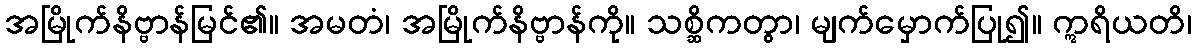
အမြိုက်နိဗ္ဗာန်မြင်၏။ အမတံ၊ အမြိုက်နိဗ္ဗာန်ကို။ သစ္ဆိကတွာ၊ မျက်မှောက်ပြု၍။ ဣရိယတိ၊